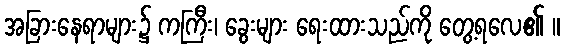
အခြားနေရာများ၌ ကကြီး၊ ခွေးများ ရေးထားသည်ကို တွေ့ရလေ၏ ။